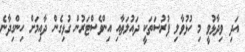
އަދި ވިދާޅުވީ މި ހުޅުވާލި ފުރުސަތަކީ ދައުލަތާއި އިންވެސްޓަރުން ގުޅިގެން ދާއިމަށް ހިންގިދާނެ